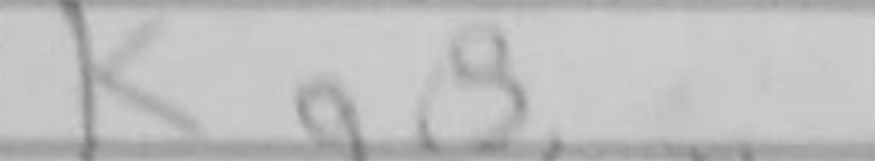
Transcription: Kg8